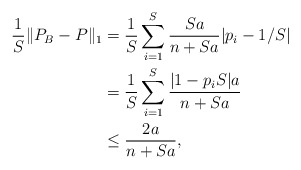
\begin{align*}\frac{1}{S} \| P_B - P \|_1 & = \frac{1}{S} \sum_{i = 1}^S \frac{Sa}{n+Sa} |p_i - 1/S| \\& = \frac{1}{S} \sum_{i = 1}^S \frac{|1-p_i S|a}{n+Sa} \\& \leq \frac{2a}{n+Sa},\end{align*}